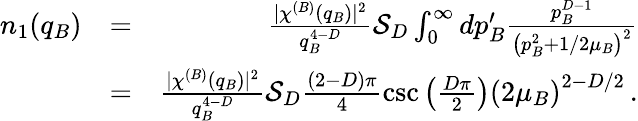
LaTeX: \begin{array}{rlr}{n_{1}(q_{B})}&{=}&{\frac{\lvert\chi^{(B)}(q_{B})\rvert^{2}}{q_{B}^{4-D}}\mathcal{S}_{D}\int_{0}^{\infty}dp_{B}^{\prime}\frac{p_{B}^{D-1}}{\left(p_{B}^{2}+1/2\mu_{B}\right)^{2}}}\\ &{=}&{\frac{\lvert\chi^{(B)}(q_{B})\rvert^{2}}{q_{B}^{4-D}}\mathcal{S}_{D}\frac{(2-D)\pi}{4}\csc\left(\frac{D\pi}{2}\right)\left(2\mu_{B}\right)^{2-D/2}\, .}\end{array}